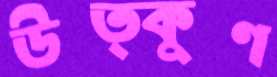
উত্কুণ